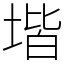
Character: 堦